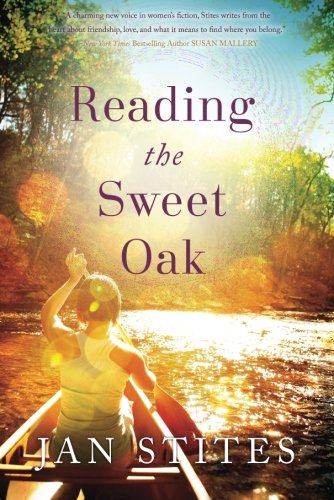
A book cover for Reading the Sweet Oak; Jan Stites; Romance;